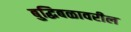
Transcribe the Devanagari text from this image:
बुद्धिबळावरील